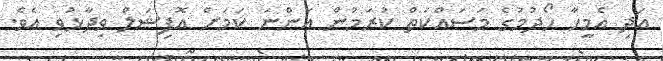
އަދި އެމީހާ ހޯދުމުގެ މަސައްކަތް ކުރަމުން އަންނަ ކަމަށް އޮފިޝަލް ވިދާޅުވި އެވެ.